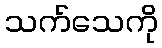
သက်သေကို